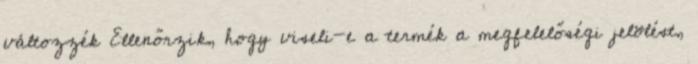
változzék Ellenőrzik, hogy viseli-e a termék a megfelelőségi jelölést,